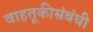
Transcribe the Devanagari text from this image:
वाहतूकीसंबंधी